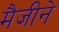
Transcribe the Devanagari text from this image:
मैजीने